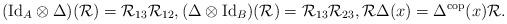
LaTeX: \begin{align*}& (\textrm{Id}_A \otimes \Delta)(\mathcal{R}) = \mathcal{R}_{13} \mathcal{R}_{12},(\Delta \otimes \textrm{Id}_B)(\mathcal{R}) = \mathcal{R}_{13} \mathcal{R}_{23}, \mathcal{R} \Delta(x) = \Delta^{\mathrm{cop}}(x)\mathcal{R}. \end{align*}